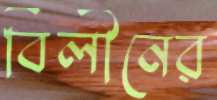
বিলীনের